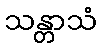
သန္တာသံ